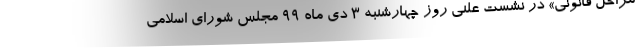
مراحل قانونی» در نشست علنی روز چهارشنبه 3 دی ماه 99 مجلس شورای اسلامی